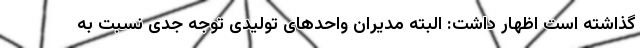
گذاشته است اظهار داشت: البته مدیران واحدهای تولیدی توجه جدی نسبت به